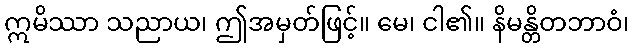
ဣမိဿာ သညာယ၊ ဤအမှတ်ဖြင့်။ မေ၊ ငါ၏။ နိမန္တိတဘာဝံ၊